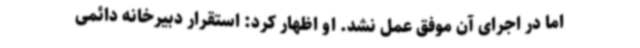
اما در اجرای آن موفق عمل نشد. او اظهار کرد: استقرار دبیرخانه دائمی